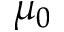
\mu _ { 0 }